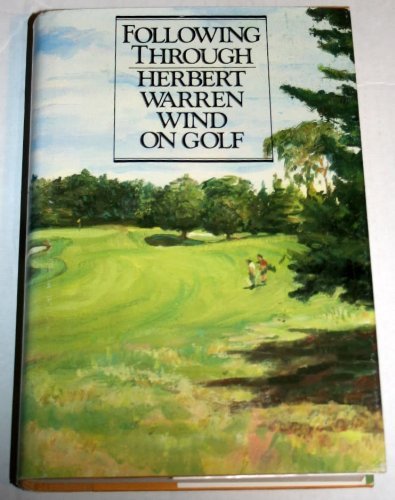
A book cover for Following Through:  Herbert Warren Wind on Golf; Herbert Warren Wind; Sports & Outdoors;